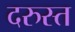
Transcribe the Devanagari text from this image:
दरुस्त